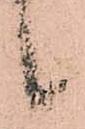
候